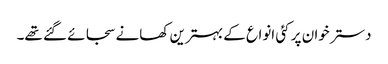
دسترخوان پر کئی انواع کے بہترین کھانے سجائے گئے تھے۔